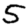
Digit: 5